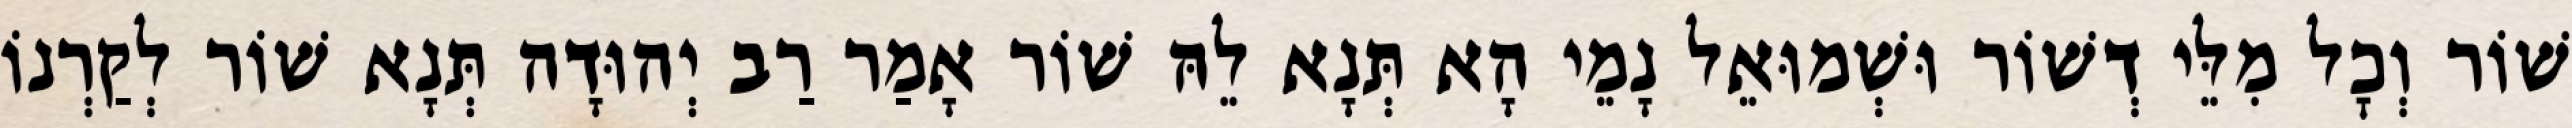
שׁוֹר וְכׇל מִלֵּי דְשׁוֹר וּשְׁמוּאֵל נָמֵי הָא תְּנָא לֵהּ שׁוֹר אָמַר רַב יְהוּדָה תְּנָא שׁוֹר לְקַרְנוֹ